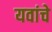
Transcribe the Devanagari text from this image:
यवांचे